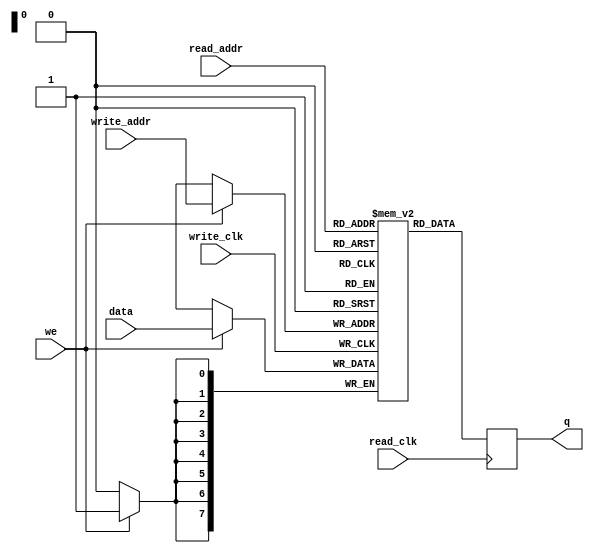
module simple_ram_dual_clock #(
  parameter DATA_WIDTH=8,                 //width of data bus
  parameter ADDR_WIDTH=8                  //width of addresses buses
)(
  input      [DATA_WIDTH-1:0] data,       //data to be written
  input      [ADDR_WIDTH-1:0] read_addr,  //address for read operation
  input      [ADDR_WIDTH-1:0] write_addr, //address for write operation
  input                       we,         //write enable signal
  input                       read_clk,   //clock signal for read operation
  input                       write_clk,  //clock signal for write operation
  output reg [DATA_WIDTH-1:0] q           //read data
);
    
  reg [DATA_WIDTH-1:0] ram [2**ADDR_WIDTH-1:0]; // ** is exponentiation
    
  always @(posedge write_clk) begin //WRITE
    if (we) begin 
      ram[write_addr] <= data;
    end
  end
    
  always @(posedge read_clk) begin //READ
    q <= ram[read_addr];
  end
    
endmodule